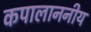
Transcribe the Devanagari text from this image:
कपालाननीय